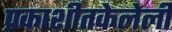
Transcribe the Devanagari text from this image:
प्रकाशीतकेलेली